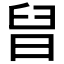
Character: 𣆫